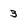
Character: 3